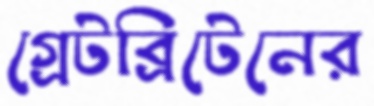
গ্রেটব্রিটেনের